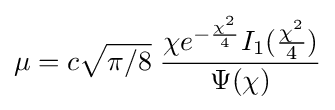
\mu =c{\sqrt {\pi /8}}\;{\frac {\chi e^{-{\frac {\chi ^{2}}{4}}}I_{1}({\tfrac {\chi ^{2}}{4}})}{\Psi (\chi )}}